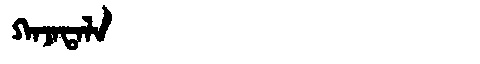
Manchu: ᡴᠠᠵᠠᡨᠠᠯᠠ
Romanization: KAJATALA